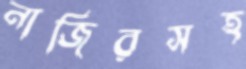
নাজিরসহ